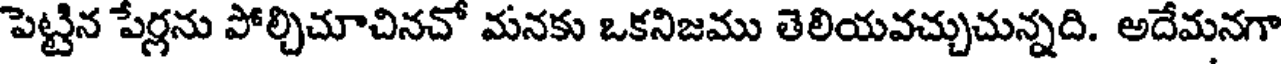
పెట్టిన పేర్లను పోల్చిచూచినచో మనకు ఒకనిజము తెలియవచ్చుచున్నది. అదేమనగా